Document type: Inventory
Year: 1295
Scribe: Pere Marc
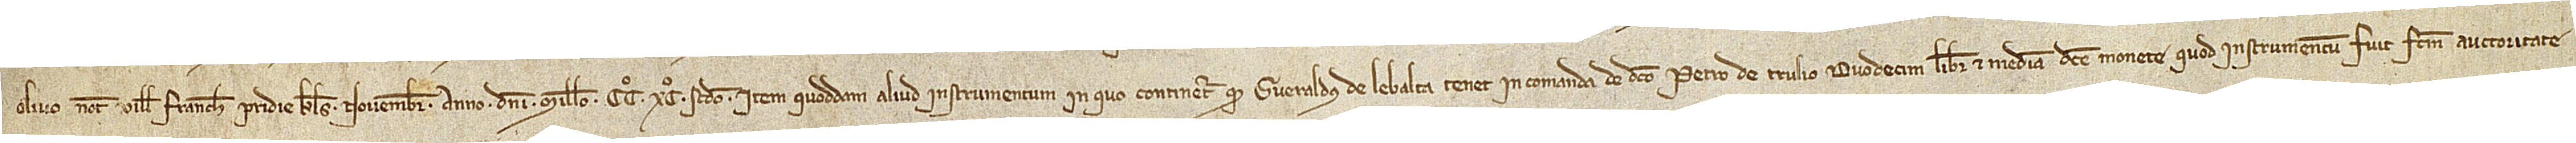
olivo, notario Ville Franche, pridie kalendas novembris, anno Domini millesimo CCº XCº secundo; item, quoddam aliud instrumentum in quo continetur quod Gueraldus de Lebalta tenet in comanda de dicto Petro de Trulio duodecim libras et media dicte monete; quod instrumentum fuit factum auctoritate